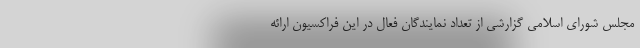
مجلس شورای اسلامی گزارشی از تعداد نمایندگان فعال در این فراکسیون ارائه